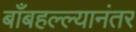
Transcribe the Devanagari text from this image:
बाँबहल्ल्यानंतर